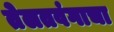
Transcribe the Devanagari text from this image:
तेलतवंगाचा